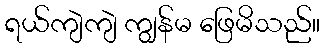
ရယ်ကျဲကျဲ ကျွန်မ ဖြေမိသည်။